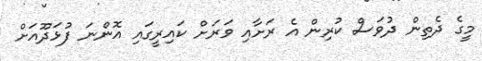
މީގެ ދެތިން ދުވަސް ކުރިން އެ ރަށާއި ވަރަށް ކައިރީގައި އޮންނަ ފުޅަދޫއަށް